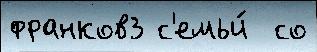
франков3 с'емьи́  со